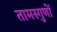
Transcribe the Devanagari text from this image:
तामस्गुणों